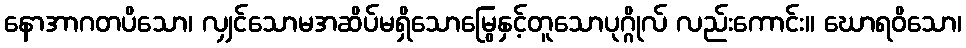
နောအာဂတပိသော၊ လျှင်သောမအဆိပ်မရှိသောမြွေနှင့်တူသောပုဂ္ဂိုလ် လည်းကောင်း။ ဃောရဝိသော၊